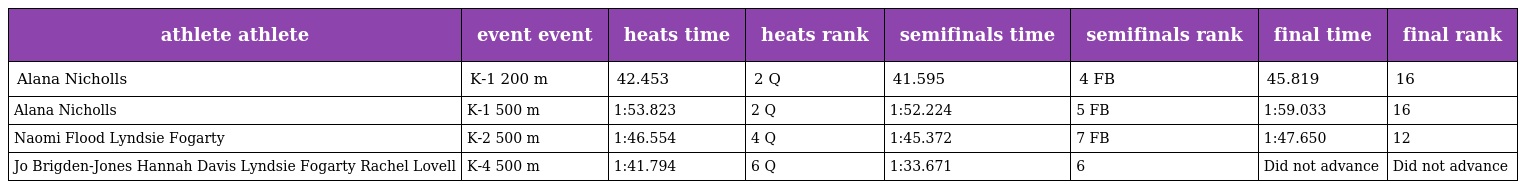
| athlete athlete | event event | heats time | heats rank | semifinals time | semifinals rank | final time | final rank |
 | --- | --- | --- | --- | --- | --- | --- | --- |
 | Alana Nicholls | K-1 200 m | 42.453 | 2 Q | 41.595 | 4 FB | 45.819 | 16 |
 | Alana Nicholls | K-1 500 m | 1:53.823 | 2 Q | 1:52.224 | 5 FB | 1:59.033 | 16 |
 | Naomi Flood Lyndsie Fogarty | K-2 500 m | 1:46.554 | 4 Q | 1:45.372 | 7 FB | 1:47.650 | 12 |
 | Jo Brigden-Jones Hannah Davis Lyndsie Fogarty Rachel Lovell | K-4 500 m | 1:41.794 | 6 Q | 1:33.671 | 6 | Did not advance | Did not advance |